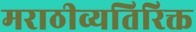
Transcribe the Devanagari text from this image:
मराठीव्यतिरिक्त